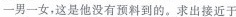
一男一女，这是他没有预料到的。求出接近于